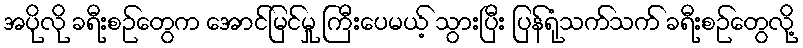
အပိုလို ခရီးစဉ်တွေက အောင်မြင်မှု ကြီးပေမယ့် သွားပြီး ပြန်ရုံသက်သက် ခရီးစဉ်တွေလို့